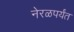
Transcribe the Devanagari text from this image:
नेरळपर्यंत